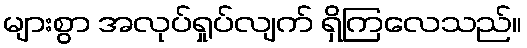
များစွာ အလုပ်ရှုပ်လျက် ရှိကြလေသည်။